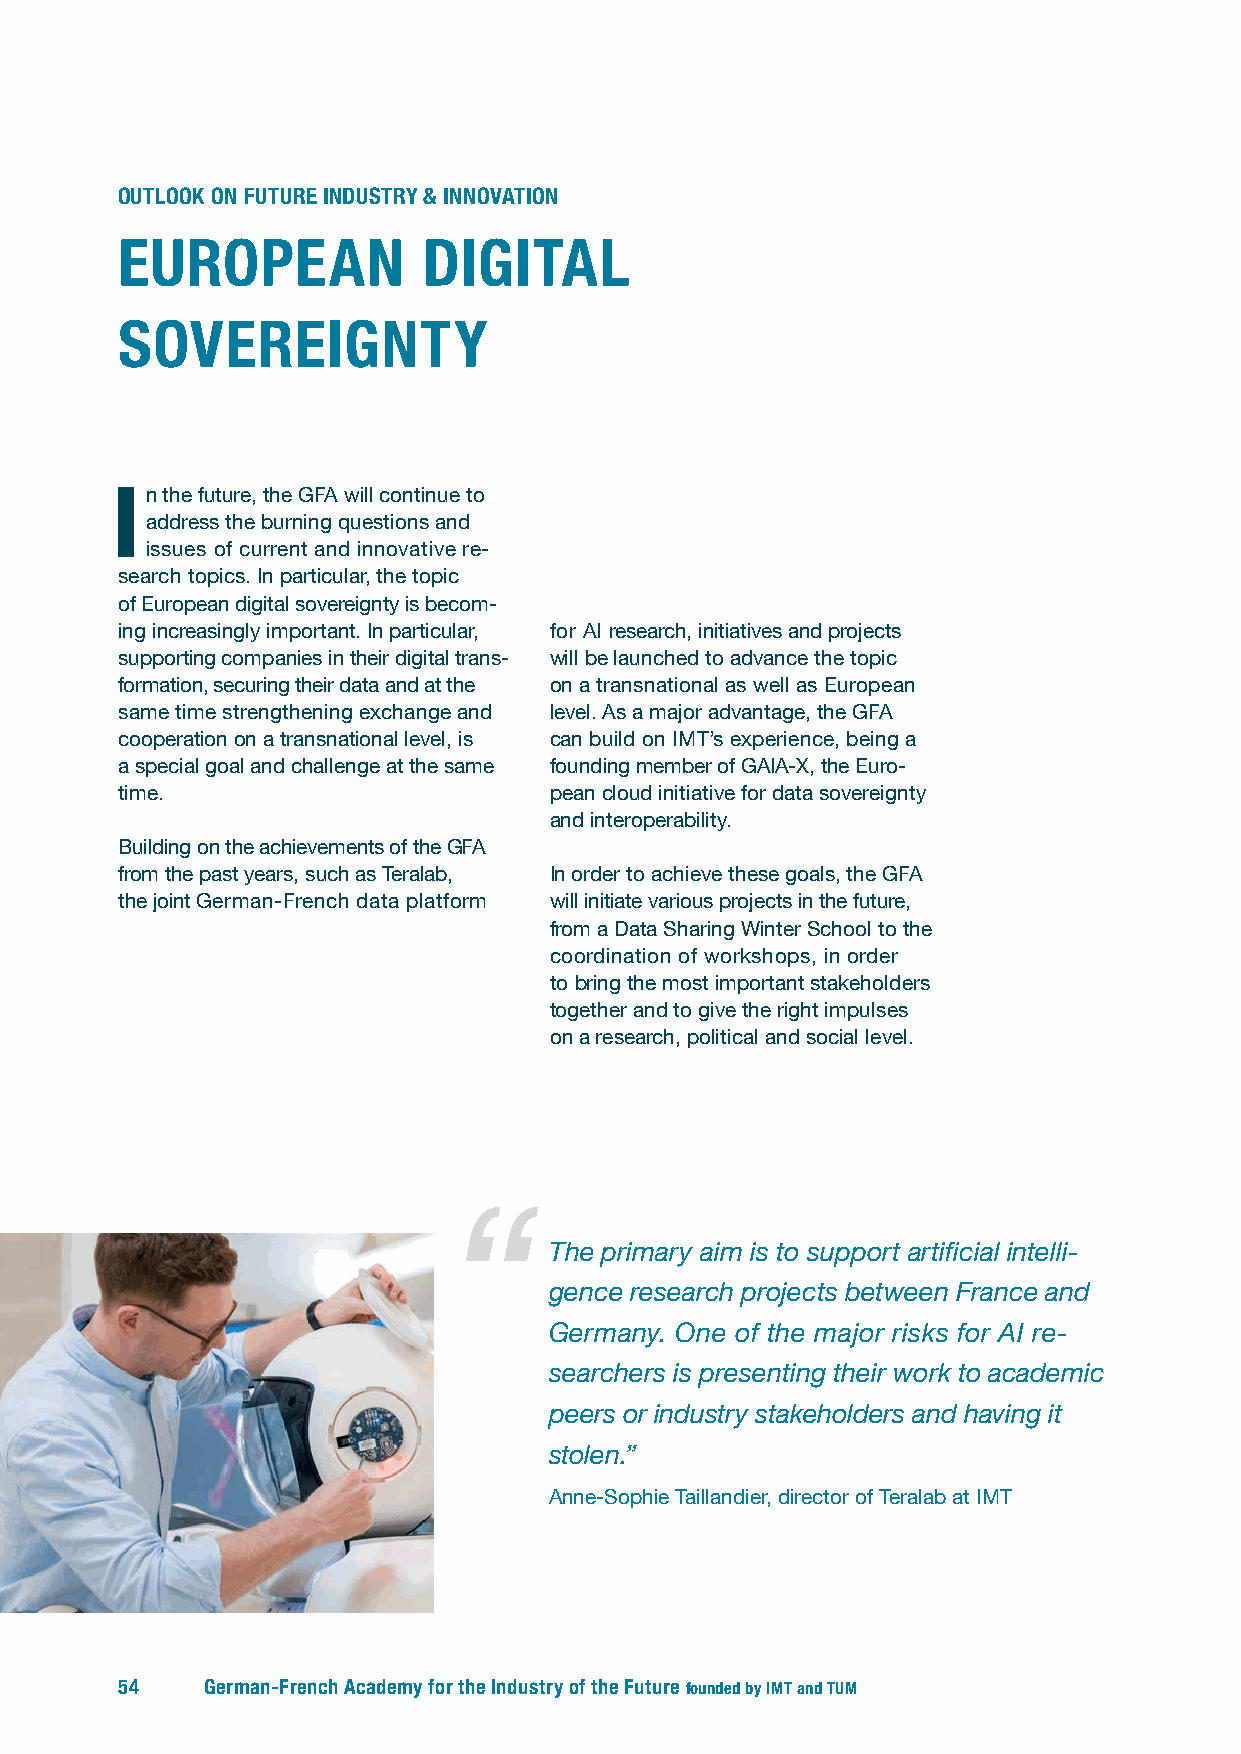
OUTLOOK ON FUTURE INDUSTRY & INNOVATION
 EUROPEAN            DIGITAL
 SOVEREIGNTY
 In  the future, the GFA will continue to
 address the burning questions and
 issues of current and innovative re-
 search topics. In particular, the topic
 of European digital sovereignty is becom-
 ing increasingly important. In particular, for AI research, initiatives and projects
 supporting companies in their digital trans- will be launched to advance the topic
 formation, securing their data and at the on a transnational as well as European
 same time strengthening exchange and level. As a major advantage, the GFA
 cooperation on a transnational level, is can build on IMT’s experience, being a
 a special goal and challenge at the same founding m ember of GAIA-X, the Euro-
 time.                       pean cloud initiative for data sovereignty
 and interoperability.
 Building on the achievements of the GFA
 from the past years, such as Teralab, In order to achieve these goals, the GFA
 the joint German-French data platform will initiate various projects in the future,
 from a Data Sharing Winter School to the
 coordination of workshops, in order
 to bring the most important stakeholders
 together and to give the right impulses
 on a research, political and social level.
 The primary aim is to support artificial intelli-
 gence research projects between France and
 Germany. One of the major risks for AI re-
 searchers is presenting their work to academic
 peers or industry stakeholders and having it
 stolen.”
 Anne-Sophie Taillandier, director of Teralab at IMT
 54    German-French Academy for the Industry of the Future founded by IMT and TUM